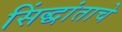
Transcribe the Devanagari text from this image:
सिंद्धांताचे